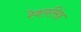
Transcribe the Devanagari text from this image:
रेवलसिंह